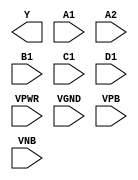
module sky130_fd_sc_lp__o2111ai (
    Y   ,
    A1  ,
    A2  ,
    B1  ,
    C1  ,
    D1  ,
    VPWR,
    VGND,
    VPB ,
    VNB
);

    output Y   ;
    input  A1  ;
    input  A2  ;
    input  B1  ;
    input  C1  ;
    input  D1  ;
    input  VPWR;
    input  VGND;
    input  VPB ;
    input  VNB ;
endmodule